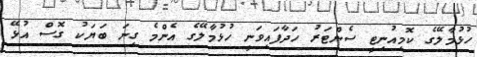
ހުޅުމާލޭގެ ކޮމިއުނިޓީ ސެންޓަރު ހަދާފައިވަނީ ހުޅުމާލޭގެ އެންމެ ގިނަ ބަޔަކު ގޮސް އުޅޭ